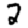
Digit: 2